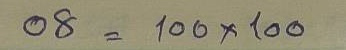
08 = 100 x 100